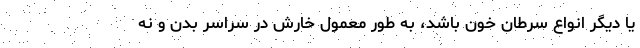
یا دیگر انواع سرطان خون باشد، به طور معمول خارش در سراسر بدن و نه